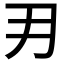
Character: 𭃂